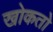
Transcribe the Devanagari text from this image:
खोकतो